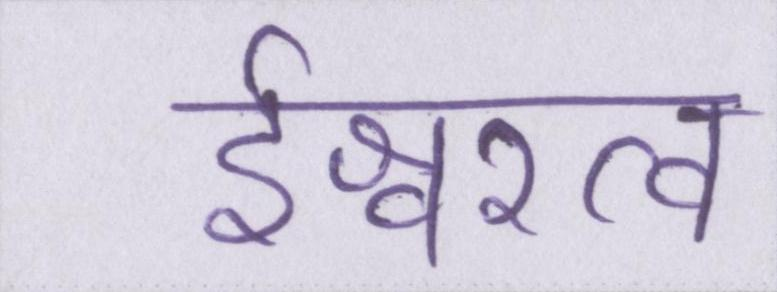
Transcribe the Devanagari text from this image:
ईश्वरत्व